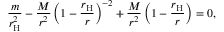
{ \frac { m } { r _ { \mathrm { H } } ^ { 2 } } } - { \frac { M } { r ^ { 2 } } } \left( 1 - { \frac { r _ { \mathrm { H } } } { r } } \right) ^ { - 2 } + { \frac { M } { r ^ { 2 } } } \left( 1 - { \frac { r _ { \mathrm { H } } } { r } } \right) = 0 ,